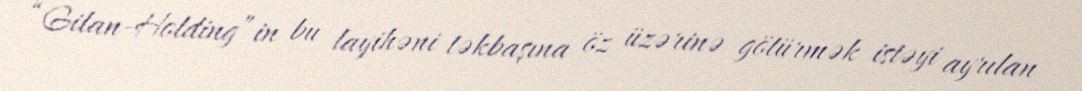
“Gilan-Holding”in bu layihəni təkbaşına öz üzərinə götürmək istəyi ayrılan